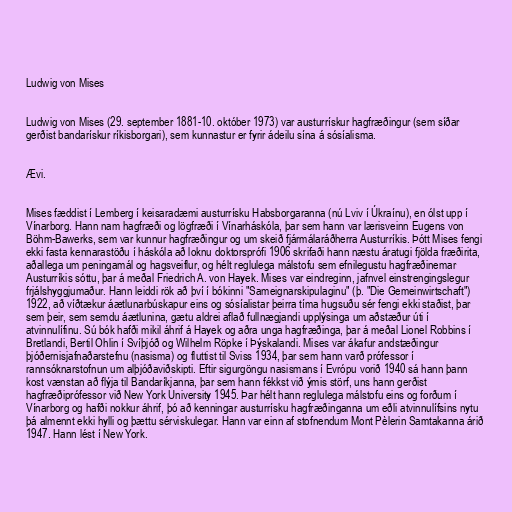
Ludwig von Mises

Ludwig von Mises (29. september 1881-10. október 1973) var austurrískur hagfræðingur (sem síðar
gerðist bandarískur ríkisborgari), sem kunnastur er fyrir ádeilu sína á sósíalisma.

Ævi.

Mises fæddist í Lemberg í keisaradæmi austurrísku Habsborgaranna (nú Lviv í Úkraínu), en ólst upp í
Vínarborg. Hann nam hagfræði og lögfræði í Vínarháskóla, þar sem hann var lærisveinn Eugens von
Böhm-Bawerks, sem var kunnur hagfræðingur og um skeið fjármálaráðherra Austurríkis. Þótt Mises fengi
ekki fasta kennarastöðu í háskóla að loknu doktorsprófi 1906 skrifaði hann næstu áratugi fjölda fræðirita,
aðallega um peningamál og hagsveiflur, og hélt reglulega málstofu sem efnilegustu hagfræðinemar
Austurríkis sóttu, þar á meðal Friedrich A. von Hayek. Mises var eindreginn, jafnvel einstrengingslegur
frjálshyggjumaður. Hann leiddi rök að því í bókinni "Sameignarskipulaginu" (þ. "Die Gemeinwirtschaft")
1922, að víðtækur áætlunarbúskapur eins og sósíalistar þeirra tíma hugsuðu sér fengi ekki staðist, þar
sem þeir, sem semdu áætlunina, gætu aldrei aflað fullnægjandi upplýsinga um aðstæður úti í
atvinnulífinu. Sú bók hafði mikil áhrif á Hayek og aðra unga hagfræðinga, þar á meðal Lionel Robbins í
Bretlandi, Bertil Ohlin í Svíþjóð og Wilhelm Röpke í Þýskalandi. Mises var ákafur andstæðingur
þjóðernisjafnaðarstefnu (nasisma) og fluttist til Sviss 1934, þar sem hann varð prófessor í
rannsóknarstofnun um alþjóðaviðskipti. Eftir sigurgöngu nasismans í Evrópu vorið 1940 sá hann þann
kost vænstan að flýja til Bandaríkjanna, þar sem hann fékkst við ýmis störf, uns hann gerðist
hagfræðiprófessor við New York University 1945. Þar hélt hann reglulega málstofu eins og forðum í
Vínarborg og hafði nokkur áhrif, þó að kenningar austurrísku hagfræðinganna um eðli atvinnulífsins nytu
þá almennt ekki hylli og þættu sérviskulegar. Hann var einn af stofnendum Mont Pèlerin Samtakanna árið
1947. Hann lést í New York.